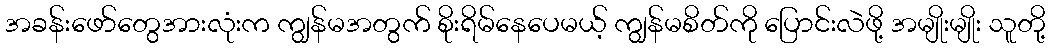
အခန်းဖော်တွေအားလုံးက ကျွန်မအတွက် စိုးရိမ်နေပေမယ့် ကျွန်မစိတ်ကို ပြောင်းလဲဖို့ အမျိုးမျိုး သူတို့